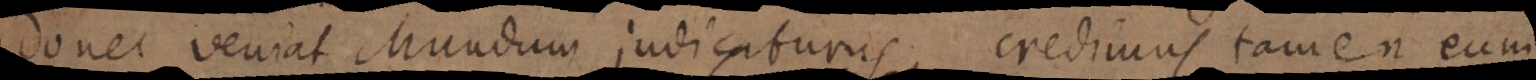
donec veniat Mundum judicaturus, credimus tamen eum